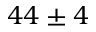
4 4 \pm 4